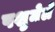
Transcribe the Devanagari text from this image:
पशुमेले